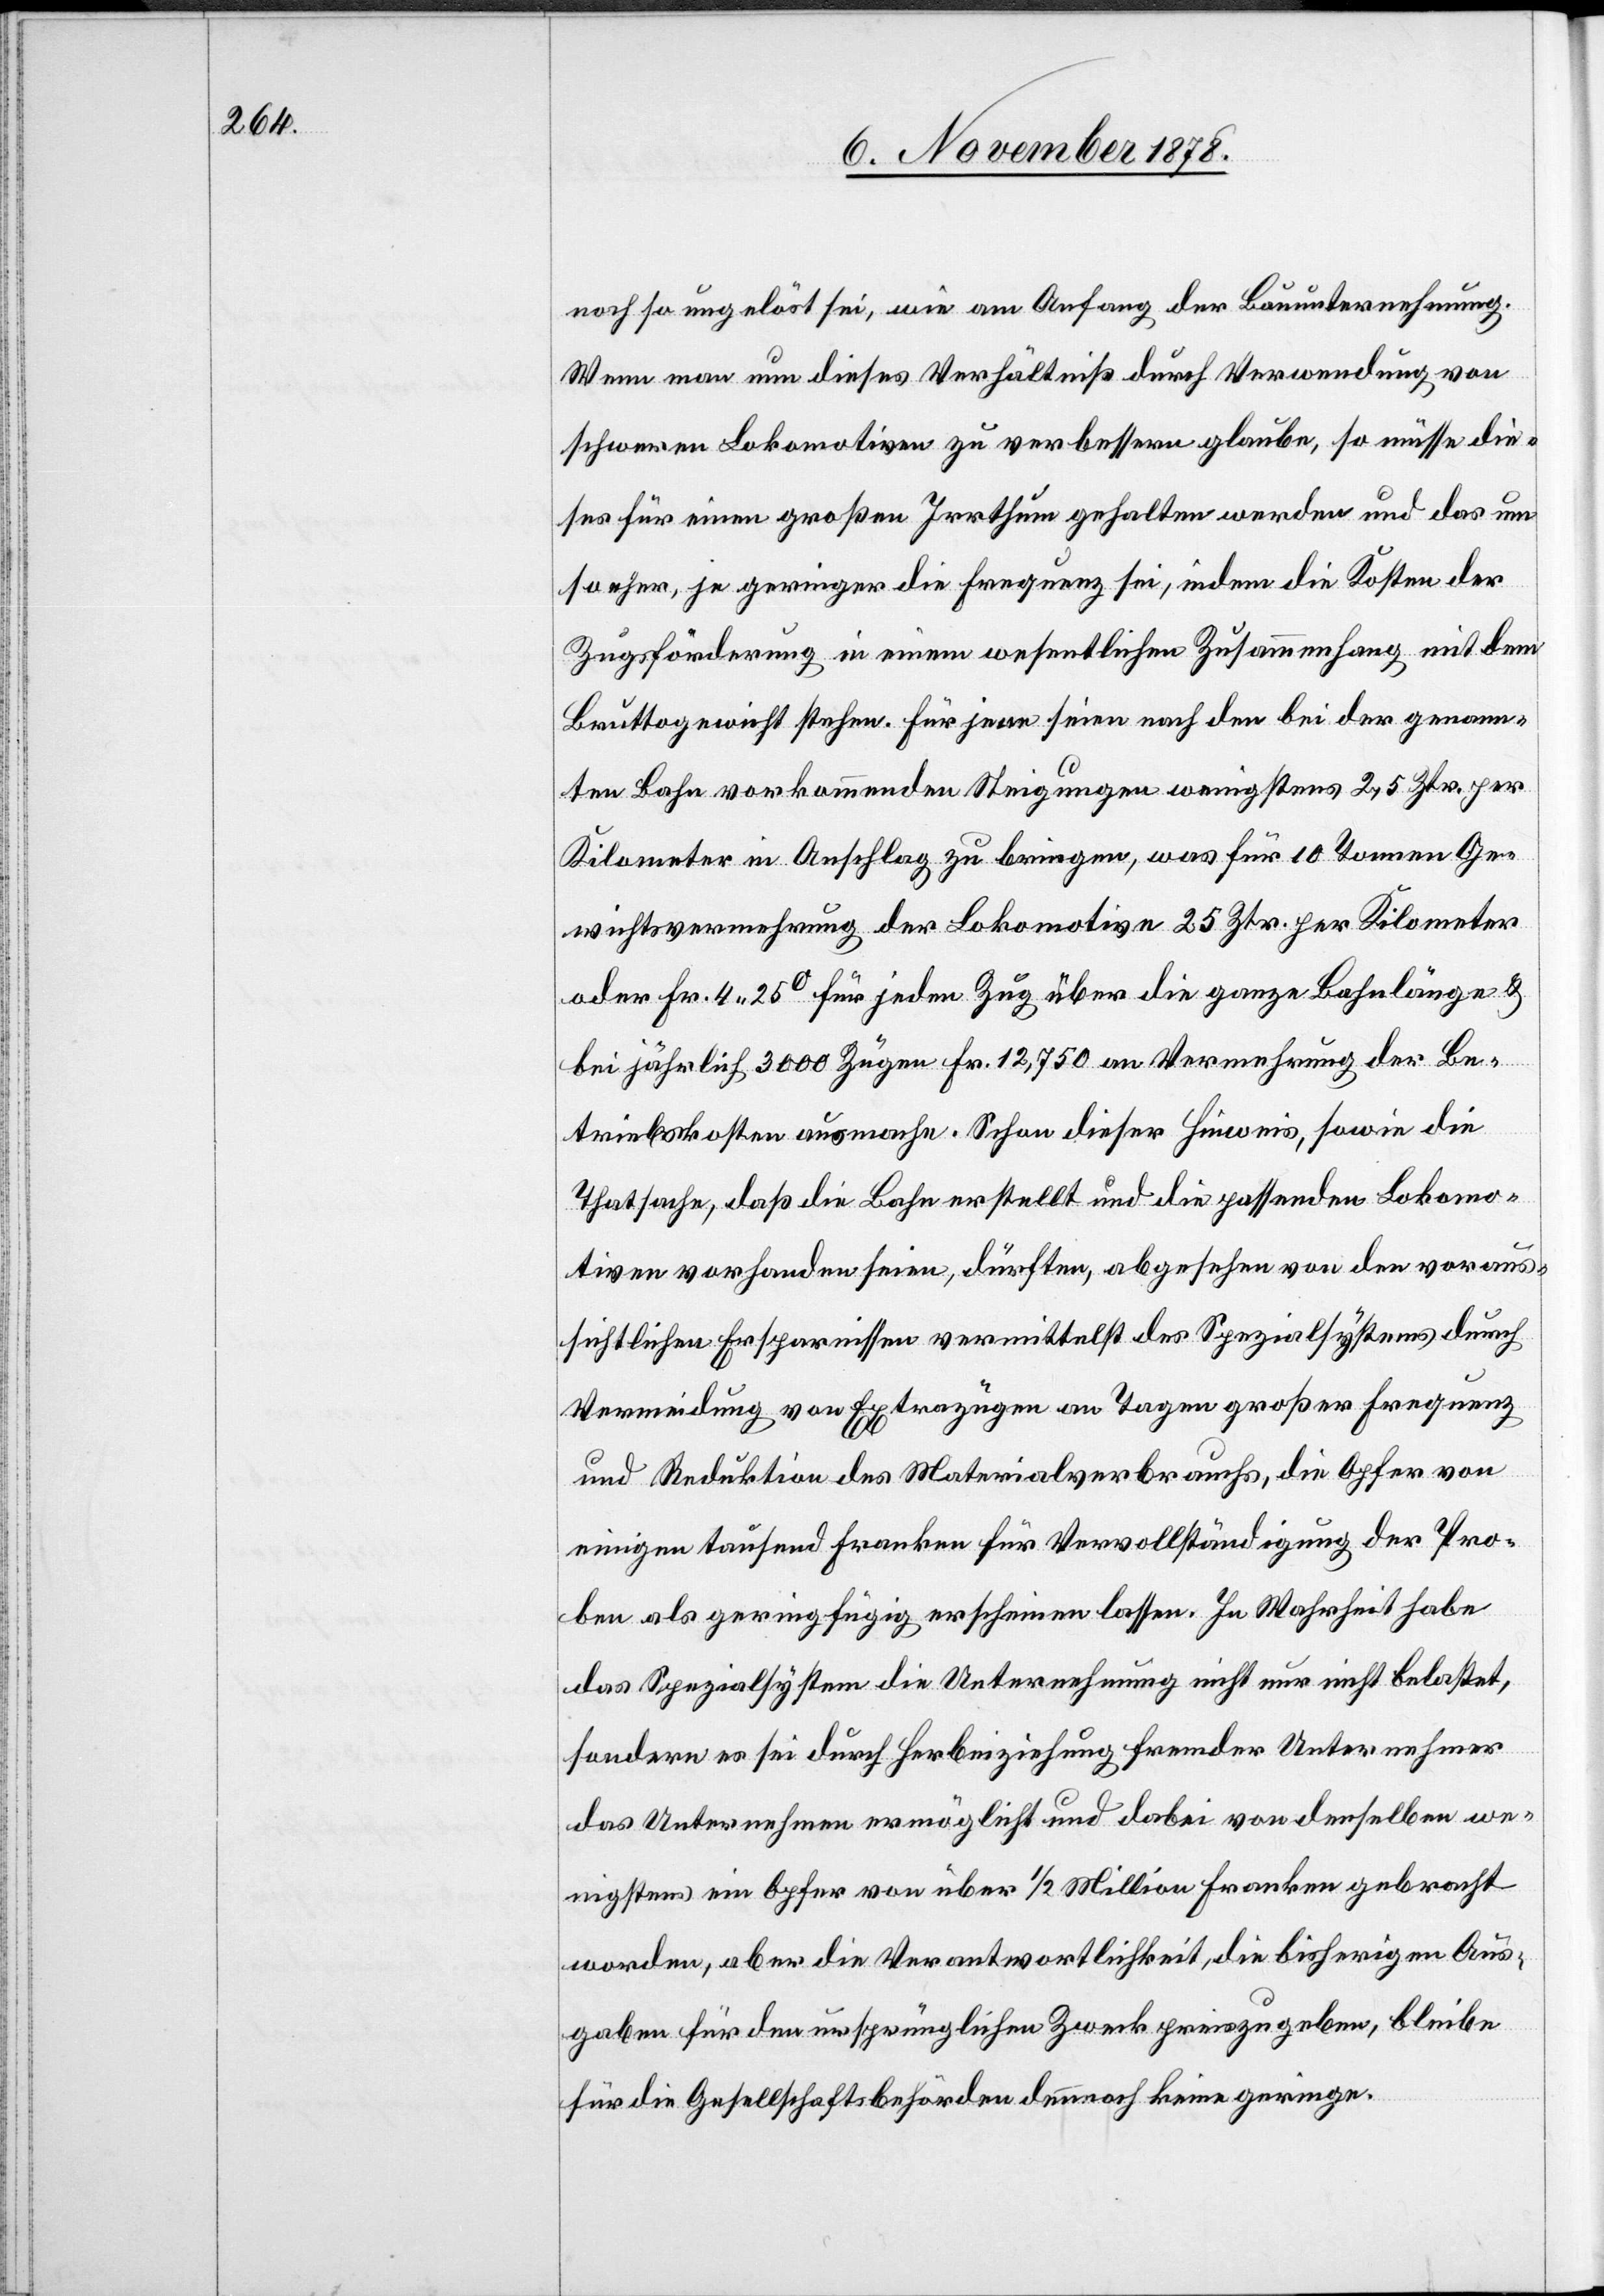
noch so ungelöst sei, wie am Anfang der Bauunternehmung.
Wenn man nun dieses Verhältniß durch Verwendung von
schweren Lokomotiven zu verbessern glaube, so müsse die¬
ses für einen großen Irrthum gehalten werden und das um
so eher, je geringer die Frequenz sei, indem die Kosten der
Zugsförderung in einem wesentlichen Zusammenhang mit dem
Bruttogewicht stehen. Für jene seien nach den bei der genann¬
ten Bahn vorkommenden Steigungen wenigstens 2,5 Ztr. per
Kilometer in Anschlag zu bringen, was für 10 Tonnen Ge¬
wichtsvermehrung der Lokomotive 25 Ztr. per Kilometer
oder Fr. 4 25 für jeden Zug über die ganze Bahnlänge &
bei jährlich 3000 Zügen Fr. 12,750 an Vermehrung der Be¬
triebskosten ausmache. Schon dieser Hinweis, sowie die
Thatsache, daß die Bahn erstellt und die passenden Lokomo¬
tiven vorhanden seien, dürften, abgesehen von den voraus¬
sichtlichen Ersparnissen vermittelst des Spezialsystems durch
Verminderung von Extrazügen an Tagen großer Frequenz
und Reduktion des Materialverbrauchs, die Opfer von
einigen tausend Franken für Vervollständigung der Pro¬
ben als geringfügig erscheinen lassen. In Wahrheit habe
das Spezialsystem die Unternehmung nicht nur nicht belastet,
sondern es sei durch Herbeiziehung fremder Unternehmer
das Unternehmen ermöglicht und dabei von denselben we¬
nigstens ein Opfer von über 1/2 Million Franken gebracht
worden, aber die Verantwortlichkeit, die bisherigen Aus¬
gaben für den ursprünglichen Zweck preiszugeben, bleibe
für die Gesellschaftsbehörden dennoch keine geringe.